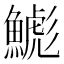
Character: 𲌾